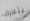
يتعرف